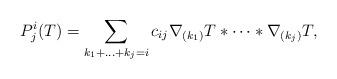
LaTeX: \begin{align*}P_j^i(T) = \sum_{k_1+\ldots+k_j = i} c_{ij}\nabla_{(k_1)}T*\cdots*\nabla_{(k_j)}T,\end{align*}